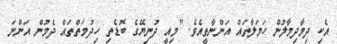
އެކި ދިމާދިމާލުން ހަމަލާތައް އަންނާތީއެވެ. "މިއީ ދުނިޔޭގެ ބޮޑެތި ހިދުމަތްތައް ދެމުން އަންނަ